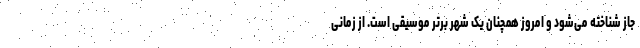
جاز شناخته می‌شود و امروز همچنان یک شهر برتر موسیقی است. از زمانی